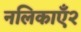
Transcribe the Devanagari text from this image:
नलिकाएँ२